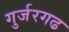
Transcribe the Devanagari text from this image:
गुर्जरगढ